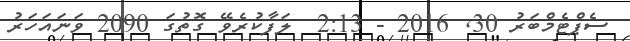
ސެޕްޓެމްބަރު 30